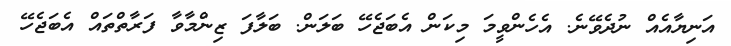
އަނިޔާއެެއް ނުދެވޭނެ. އެހެންވީމަ މިކަން އެބަޖެހޭ ބަލަން. ބަލާފަ ޒިންމާވާ ފަރާތްތައް އެބަޖެހޭ